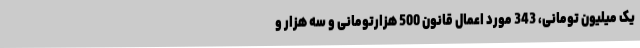
یک میلیون تومانی، 343 مورد اعمال قانون 500 هزارتومانی و سه هزار و